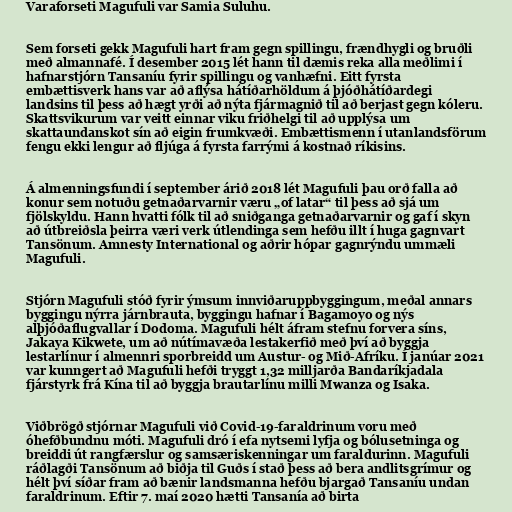
Varaforseti Magufuli var Samia Suluhu.

Sem forseti gekk Magufuli hart fram gegn spillingu, frændhygli og bruðli
með almannafé. Í desember 2015 lét hann til dæmis reka alla meðlimi í
hafnarstjórn Tansaníu fyrir spillingu og vanhæfni. Eitt fyrsta
embættisverk hans var að aflýsa hátíðarhöldum á þjóðhátíðardegi
landsins til þess að hægt yrði að nýta fjármagnið til að berjast gegn kóleru.
Skattsvikurum var veitt einnar viku friðhelgi til að upplýsa um
skattaundanskot sín að eigin frumkvæði. Embættismenn í utanlandsförum
fengu ekki lengur að fljúga á fyrsta farrými á kostnað ríkisins.

Á almenningsfundi í september árið 2018 lét Magufuli þau orð falla að
konur sem notuðu getnaðarvarnir væru „of latar“ til þess að sjá um
fjölskyldu. Hann hvatti fólk til að sniðganga getnaðarvarnir og gaf í skyn
að útbreiðsla þeirra væri verk útlendinga sem hefðu illt í huga gagnvart
Tansönum. Amnesty International og aðrir hópar gagnrýndu ummæli
Magufuli.

Stjórn Magufuli stóð fyrir ýmsum innviðaruppbyggingum, meðal annars
byggingu nýrra járnbrauta, byggingu hafnar í Bagamoyo og nýs
alþjóðaflugvallar í Dodoma. Magufuli hélt áfram stefnu forvera síns,
Jakaya Kikwete, um að nútímavæða lestakerfið með því að byggja
lestarlínur í almennri sporbreidd um Austur- og Mið-Afríku. Í janúar 2021
var kunngert að Magufuli hefði tryggt 1,32 milljarða Bandaríkjadala
fjárstyrk frá Kína til að byggja brautarlínu milli Mwanza og Isaka.

Viðbrögð stjórnar Magufuli við Covid-19-faraldrinum voru með
óhefðbundnu móti. Magufuli dró í efa nytsemi lyfja og bólusetninga og
breiddi út rangfærslur og samsæriskenningar um faraldurinn. Magufuli
ráðlagði Tansönum að biðja til Guðs í stað þess að bera andlitsgrímur og
hélt því síðar fram að bænir landsmanna hefðu bjargað Tansaníu undan
faraldrinum. Eftir 7. maí 2020 hætti Tansanía að birta